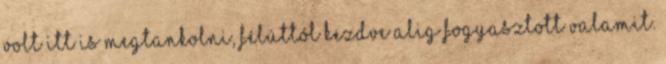
volt itt is megtankolni, félúttól kezdve alig fogyasztott valamit.